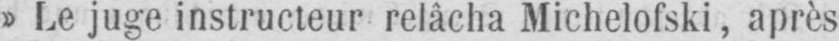
» Le juge instructeur relâcha Michelofski, après